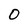
Character: 0